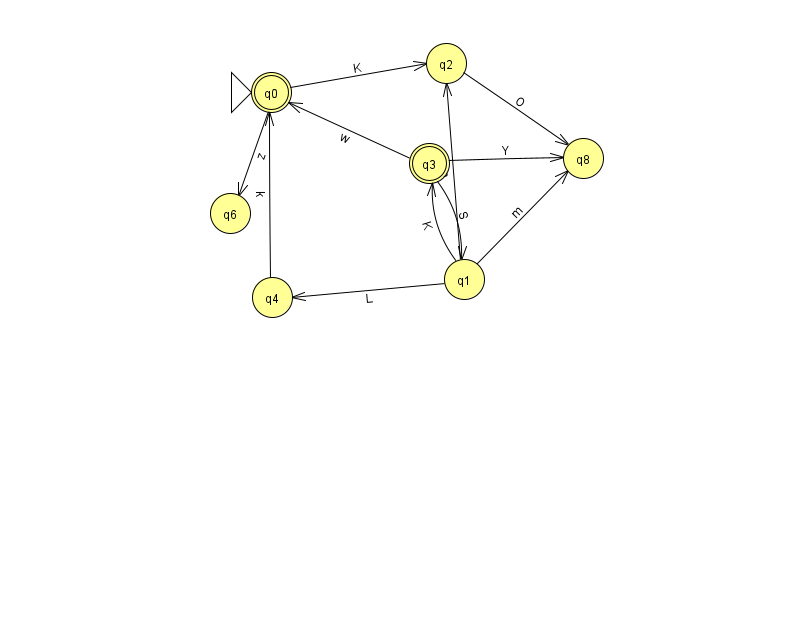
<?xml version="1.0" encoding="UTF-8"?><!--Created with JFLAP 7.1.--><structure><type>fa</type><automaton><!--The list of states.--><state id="0" name="q0"><x>271.0</x><y>79.0</y><initial/><final/></state><state id="1" name="q1"><x>464.0</x><y>266.0</y></state><state id="2" name="q2"><x>446.0</x><y>50.0</y></state><state id="3" name="q3"><x>429.0</x><y>150.0</y><final/></state><state id="4" name="q4"><x>272.0</x><y>284.0</y></state><state id="6" name="q6"><x>230.0</x><y>200.0</y></state><state id="8" name="q8"><x>583.0</x><y>145.0</y></state><!--The list of transitions.--><transition><from>3</from><to>0</to><read>w</read></transition><transition><from>3</from><to>1</to><read>S</read></transition><transition><from>0</from><to>6</to><read>z</read></transition><transition><from>1</from><to>4</to><read>L</read></transition><transition><from>4</from><to>0</to><read>k</read></transition><transition><from>0</from><to>2</to><read>K</read></transition><transition><from>1</from><to>2</to><read>m</read></transition><transition><from>1</from><to>3</to><read>K</read></transition><transition><from>1</from><to>8</to><read>m</read></transition><transition><from>2</from><to>8</to><read>O</read></transition><transition><from>3</from><to>8</to><read>Y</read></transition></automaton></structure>